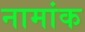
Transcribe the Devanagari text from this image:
नामांक